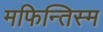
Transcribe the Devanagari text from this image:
मफिन्तिस्म